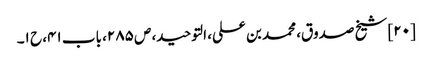
[۲۰] شیخ صدوق، محمد بن علی، التوحید، ص ۲۸۵، باب ۴۱، ح ۱۔